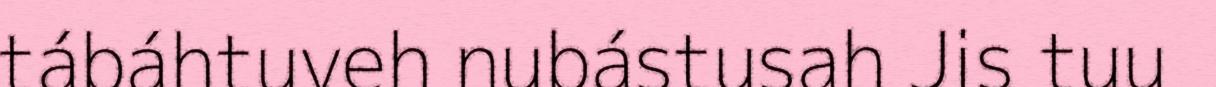
tábáhtuveh nubástusah Jis tuu